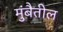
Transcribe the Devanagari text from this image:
मुंबैतील